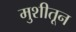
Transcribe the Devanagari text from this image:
मुशीतून